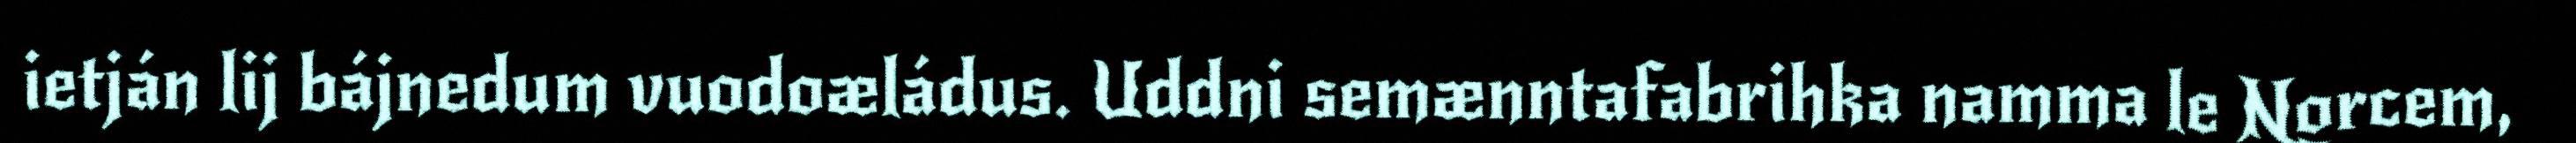
ietján lij bájnedum vuodoæládus. Uddni semænntafabrihka namma le Norcem,